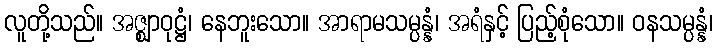
လူတို့သည်။ အဇ္ဈာဝုဋ္ဌံ၊ နေဘူးသော။ အာရာမသမ္ပန္နံ၊ အရံနှင့် ပြည့်စုံသော။ ဝနသမ္ပန္နံ၊